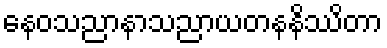
နေဝသညာနာသညာယတနနိဿိတာ